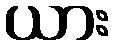
ယား